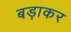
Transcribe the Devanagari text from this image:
बड़ाकर